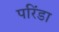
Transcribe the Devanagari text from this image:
परिंडा